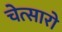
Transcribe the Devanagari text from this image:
चेत्सारो